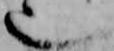
也